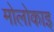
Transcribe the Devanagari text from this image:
मोलोकाइ